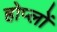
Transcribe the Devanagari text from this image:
होप्लों